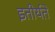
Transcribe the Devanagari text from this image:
इतीर्यते